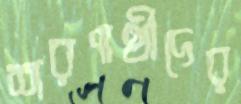
শরণার্থীদের